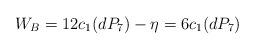
LaTeX: \begin{align*}W_{B} = 12c_{1}(dP_{7}) - \eta = 6 c_{1}(dP_{7})\end{align*}